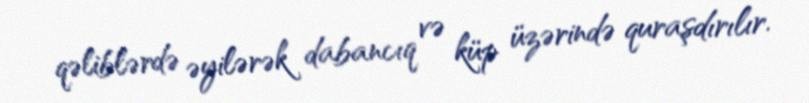
qəliblərdə əyilərək dabancıq və küp üzərində quraşdırılır.